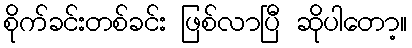
စိုက်ခင်းတစ်ခင်း ဖြစ်လာပြီ ဆိုပါတော့။